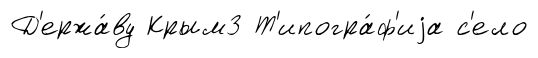
Д'ержа́ву Крым3 Т'ипогра́ф'иjа с'ело